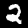
Label: 2